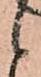
候